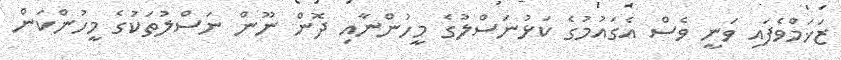
ޒަޚަމްވެފައި ވަނީ ވެސް އެގައުމުގެ ކަޅުނަސްލުގެ މީހުންނާއި ދޮން ނޫން ނަސްލުތަކުގެ މީހުންކަން